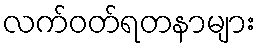
လက်ဝတ်ရတနာများ